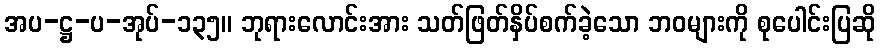
အပ-ဋ္ဌ-ပ-အုပ်-၁၃၅။ ဘုရားလောင်းအား သတ်ဖြတ်နှိပ်စက်ခဲ့သော ဘဝများကို စုပေါင်းပြဆို